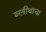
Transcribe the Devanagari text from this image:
ब्लीथाचा